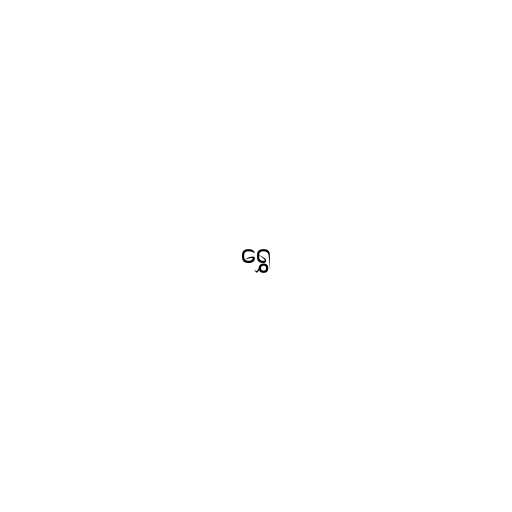
ရွှေ